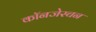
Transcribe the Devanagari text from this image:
कॉनजेस्चन